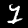
Digit: 1